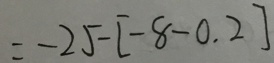
= - 2 5 - [ - 8 - 0 . 2 ]